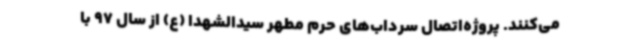
می‌کنند. پروژه‌اتصال سرداب‌های حرم مطهر سیدالشهدا (ع) از سال 97 با